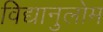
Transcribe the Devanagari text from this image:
विद्यानुलोम